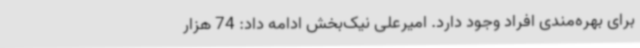
برای بهره‌مندی افراد وجود دارد. امیرعلی نیک‌بخش ادامه داد: 74 هزار